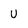
Character: u